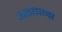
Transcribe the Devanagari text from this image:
ऊठताना